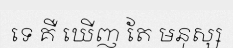
ទេ គឺ ឃើញ តែ មនុស្ស